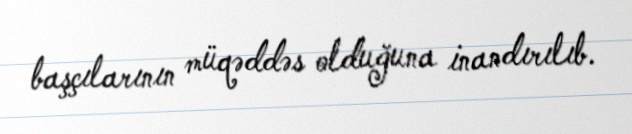
başçılarının müqəddəs olduğuna inandırılıb.